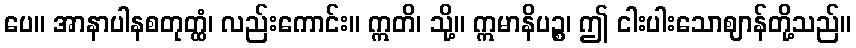
ပေ။ အာနာပါနစတုတ္ထံ၊ လည်းကောင်း။ ဣတိ၊ သို့။ ဣမာနိပဉ္စ၊ ဤ ငါးပါးသောဈာန်တို့သည်။